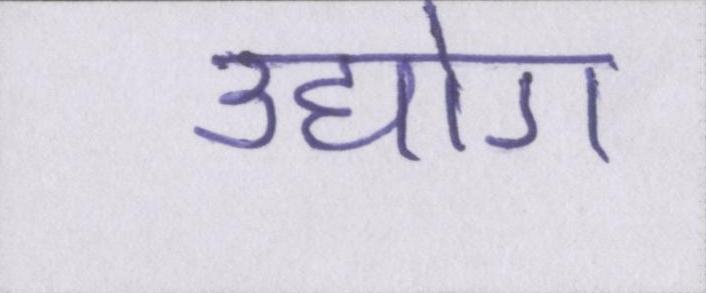
उद्योग